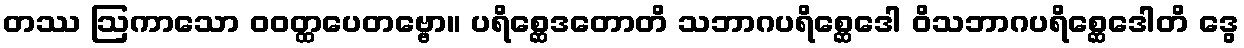
တဿ ဩကာသော ဝဝတ္ထပေတဗ္ဗော။ ပရိစ္ဆေဒတောတိ သဘာဂပရိစ္ဆေဒေါ ဝိသဘာဂပရိစ္ဆေဒေါတိ ဒွေ